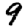
Digit: 9